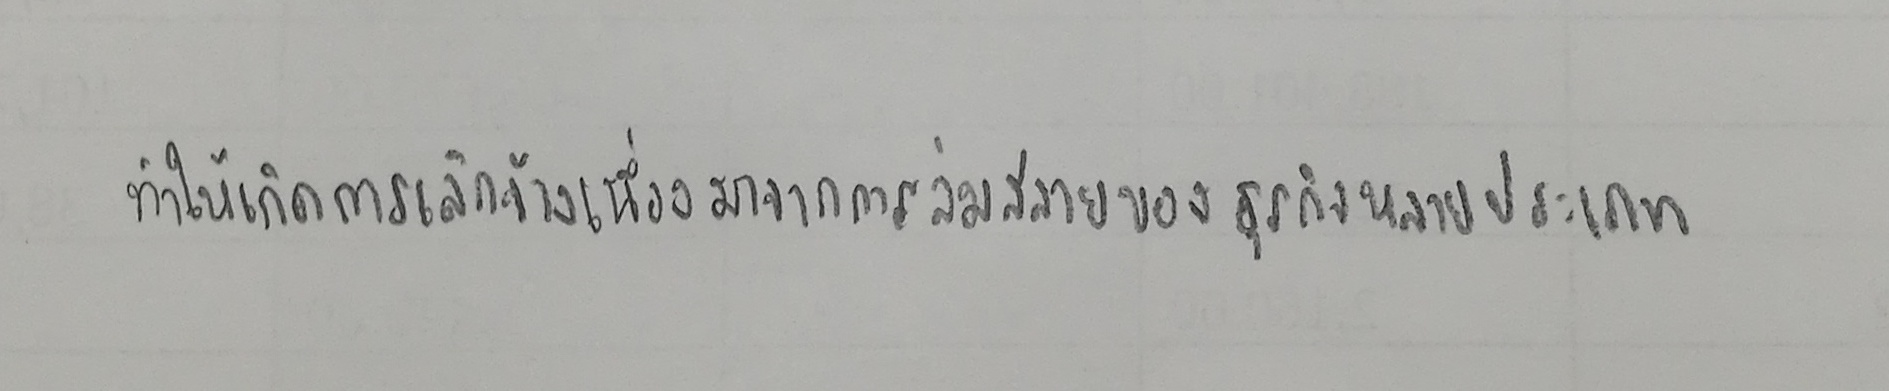
ทำให้เกิดการเลิกจ้างเนื่องมาจากการล่มสลายของธุรกิจหลายประเภท